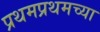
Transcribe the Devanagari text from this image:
प्रथमप्रथमच्या